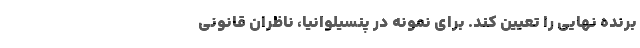
برنده نهایی را تعیین کند. برای نمونه در پنسیلوانیا، ناظران قانونی